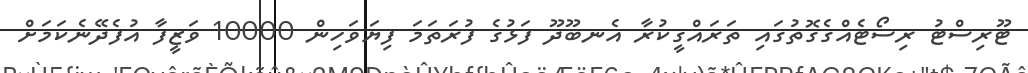
ޓޫރިސްޓު ރިސޯޓެއްގެގޮތުގައި ތަރައްގީކުރާ އެނބޫދޫ ފަޅުގެ ފުރަތަމަ ފިޔަވަހިން 10000 ވަޒީފާ އުފެދޭނެކަމަށް